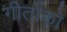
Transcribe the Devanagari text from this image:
गीतोंको